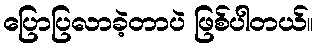
ပြောပြလာခဲ့တာပဲ ဖြစ်ပါတယ်။